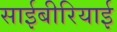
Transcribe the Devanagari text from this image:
साईबीरियाई